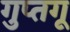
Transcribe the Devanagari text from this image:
गुप्तगू